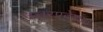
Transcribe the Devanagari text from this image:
उत्तरप्रदेशात